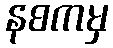
နစကမှ